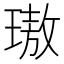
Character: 璈